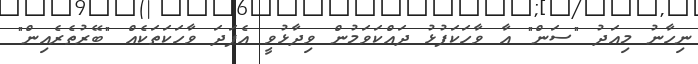
ނިހާނު މިއަދު "ސަން" އާ ވާހަކަފުޅު ދައްކަވަމުން ވިދާޅުވީ އެފަދަ ވާހަކަތަކެއް "ބޭރުތެރެއިން"